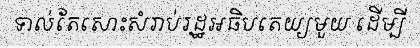
ទាល់តែសោះសំរាប់រដ្ឋអធិបតេយ្យមួយ ដើម្បី